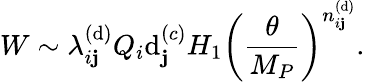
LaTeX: W\sim\lambda_{i\mathbf{j}}^{(\mathrm{d})}Q_{i}\mathrm{d}_{\mathbf{j}}^{(c)}H_{1}\left(\frac{{\theta}}{{M_{P}}}\right)^{n_{i\mathbf{j}}^{(\mathrm{d})}}.